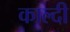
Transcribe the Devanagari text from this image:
काल्दी